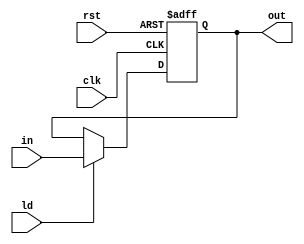
module TR (clk, rst, ld, in, out);

  input clk, rst, ld;
  input[12:0] in;
  output reg[12:0] out;

  always @ ( posedge clk, posedge rst ) begin
    out <= out;
    if (rst) begin
      out <= 13'b0;
    end
    else begin
      if (ld) begin
        out <= in;
      end
    end
  end

endmodule // TR